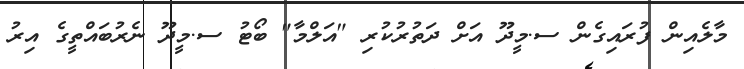
މާލެއިން ފުރައިގެން ސ.މީދޫ އަށް ދަތުރުކުރި "އަލްމާ" ބޯޓު ސ.މީދޫ ނެރުބައްތީގެ އިރު